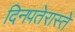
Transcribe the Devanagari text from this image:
दिनपतेरास्ते